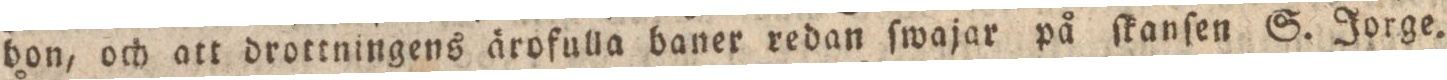
bon, och att drottningens ärofulla baner redan ſwajar på ſkanſen S. Jorge.